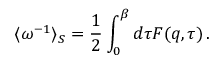
\langle \omega ^ { - 1 } \rangle _ { S } = \frac { 1 } { 2 } \int _ { 0 } ^ { \beta } d \tau { F } ( \boldsymbol { q } , \tau ) \, .